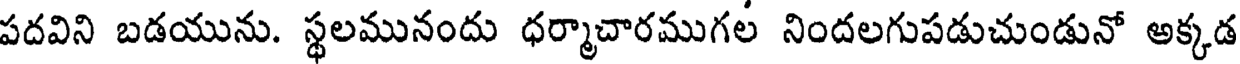
పదవిని బడయును. స్థలమునందు ధర్మాచారముగల నిందలగుపడుచుండునో అక్కడ